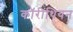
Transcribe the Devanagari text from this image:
कॉरींथियन